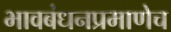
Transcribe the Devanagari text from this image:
भावबंधनप्रमाणेच